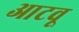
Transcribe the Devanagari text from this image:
आटवू